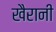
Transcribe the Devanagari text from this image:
खैरानी